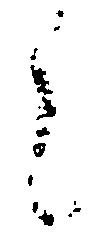
之